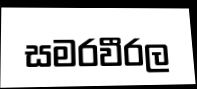
සමරවීරල